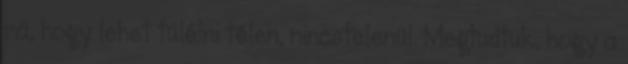
rá, hogy lehet túlélni télen, nincstelenül. Megtudtuk, hogy a